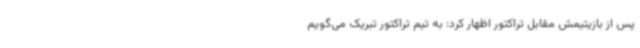
پس از بازیتیمش مقابل تراکتور اظهار کرد: به تیم تراکتور تبریک می‌گویم